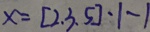
x = [ 2 , 3 , 5 ] - 1 - 1